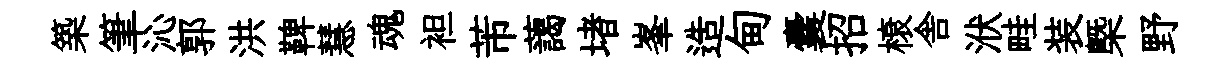
築筆沁郭洪鞞慧魂袒芾藹堵峯造甸囊招榱舎洑畦装槩野